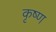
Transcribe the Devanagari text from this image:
कृष्‍ण्‍ा